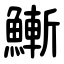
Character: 䱿